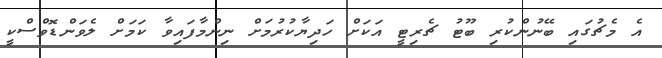
އެ މެޗުގައި ބޭނުންކުރި ބޫޓު ޗެރިޓީ އަކަށް ހަދިޔާކުރުމަށް ނިންމާފައިވާ ކަމަށް ލެވަންޑޮވްސްކީ